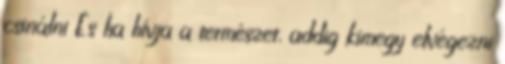
csinálni És ha hívja a természet, addig kimegy elvégezni